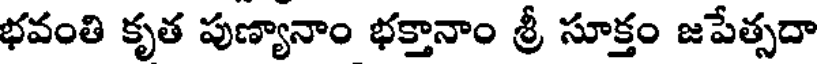
భవంతి కృత పుణ్యానాం భక్తానాం శ్రీ సూక్తం జపేత్సదా